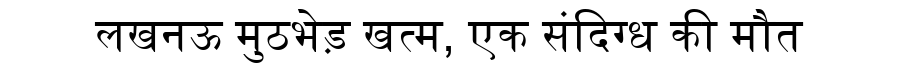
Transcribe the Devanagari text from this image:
लखनऊ मुठभेड़ खत्म, एक संदिग्ध की मौत